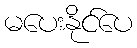
မပေးနိုင်ပေ